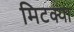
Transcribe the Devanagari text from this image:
मिटक्या